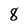
Character: 8